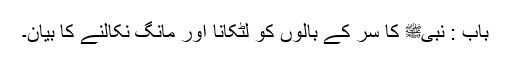
باب : نبیﷺ کا سر کے بالوں کو لٹکانا اور مانگ نکالنے کا بیان۔